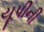
યૂપીની